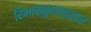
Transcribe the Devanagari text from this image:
रिभासकुलाइज़ार